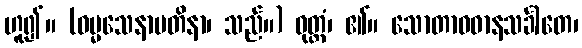
ဟူ၍။ (ဓမ္မသေနာပတိနာ၊ သည်။) ဝုတ္တံ၊ ၏။ သောတာဝဓာနသင်္ခါတေ၊